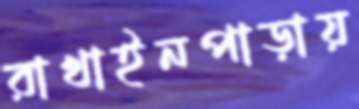
রাখাইনপাড়ায়